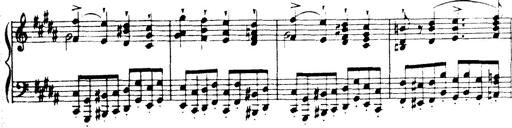
Title: Wagner-Liszt Album
Composer: Franz Liszt